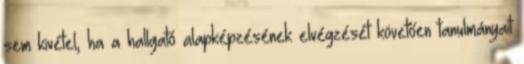
sem kivétel, ha a hallgató alapképzésének elvégzését követően tanulmányait